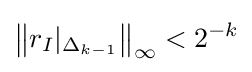
\left\|r_{I}|_{\Delta _{k-1}}\right\|_{\infty }<2^{-k}